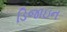
ડિજાઇન